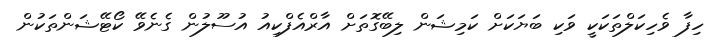
ހިފާ ވެހިކަލްތަކަކީ ވަކި ބަޔަކަށް ކަމިޝަން ލިބޭގޮތަށް އާރްއެފްކިއު އުސޫލުން ގެނެވޭ ކޯޓޭޝަންތަކުން